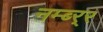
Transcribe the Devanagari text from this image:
नम्ब्र्‍र